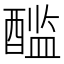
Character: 𰼏